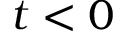
t < 0